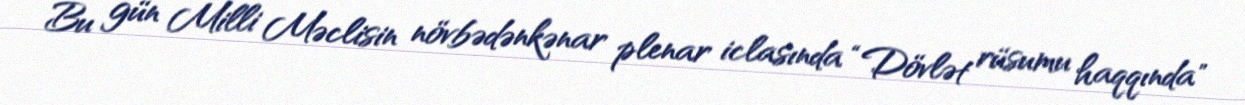
Bu gün Milli Məclisin növbədənkənar plenar iclasında “Dövlət rüsumu haqqında"